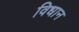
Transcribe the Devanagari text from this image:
विधान